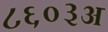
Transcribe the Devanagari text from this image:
८६०३अ